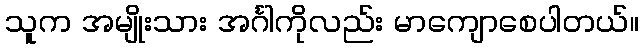
သူက အမျိုးသား အင်္ဂါကိုလည်း မာကျောစေပါတယ်။